Report of the Indian Hemp Drugs Commission, 1894-1895 - Volume I
Year: 1894
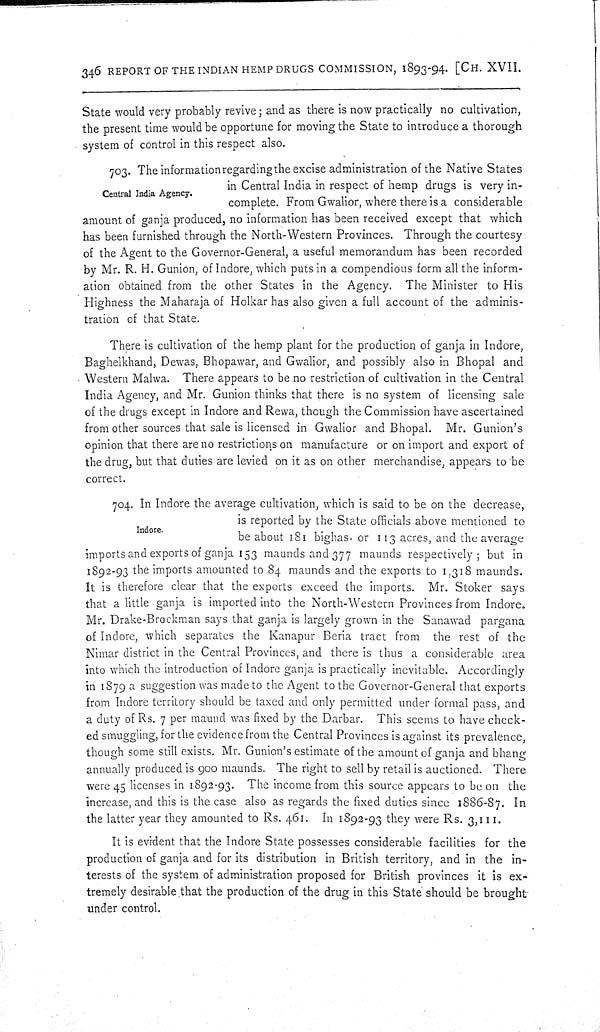
346 REPORT OF THE INDIAN HEMP DRUGS COMMISSION, 1893-94. [CH. XVII.
State would very probably revive; and as there is now practically no cultivation,
the present time would be opportune for moving the State to introduce a thorough
system of control in this respect also.
Central India Agency.
703. The information regarding the excise administration of the Native States
in Central India in respect of hemp drugs is very in-
complete. From Gwalior, where there is a considerable
amount of ganja produced, no information has been received except that which
has been furnished through the North-Western Provinces. Through the courtesy
of the Agent to the Governor-General, a useful memorandum has been recorded
by Mr. R. H. Gunion, of Indore, which puts in a compendious form all the inform-
ation obtained from the other States in the Agency. The Minister to His
Highness the Maharaja of Holkar has also given a full account of the adminis-
tration of that State.
There is cultivation of the hemp plant for the production of ganja in Indore,
Baghelkhand, Dewas, Bhopawar, and Gwalior, and possibly also in Bhopal and
Western Malwa. There appears to be no restriction of cultivation in the Central
India Agency, and Mr. Gunion thinks that there is no system of licensing sale
of the drugs except in Indore and Rewa, though the Commission have ascertained
from other sources that sale is licensed in Gwalior and Bhopal. Mr. Gunion's
opinion that there are no restrictions on manufacture or on import and export of
the drug, but that duties are levied on it as on other merchandise, appears to be
correct.
Indore.
704. In Indore the average cultivation, which is said to be on the decrease,
is reported by the State officials above mentioned to
be about 181 bighas. or 113 acres, and the average
imports and exports of ganja 153 maunds and 377 maunds respectively; but in
1892-93 the imports amounted to 84 maunds and the exports to 1,318 maunds.
It is therefore clear that the exports exceed the imports. Mr. Stoker says
that a little ganja is imported into the North-Western Provinces from Indore.
Mr. Drake-Brockman says that ganja is largely grown in the Sanawad pargana
of Indore, which separates the Kanapur Beria tract from the rest of the
Nimar district in the Central Provinces, and there is thus a considerable area
into which the introduction of Indore ganja is practically inevitable. Accordingly
in 1879 a suggestion was made to the Agent to the Governor-General that exports
from Indore territory should be taxed and only permitted under formal pass, and
a duty of Rs. 7 per maund was fixed by the Darbar. This seems to have check-
ed smuggling, for the evidence from the Central Provinces is against its prevalence,
though some still exists. Mr. Gunion's estimate of the amount of ganja and bhang
annually produced is 900 maunds. The right to sell by retail is auctioned. There
were 45 licenses in 1892-93. The income from this source appears to be on the
increase, and this is the case also as regards the fixed duties since 1886-87. In
the latter year they amounted to Rs. 461. In 1892-93 they were Rs. 3,111.
It is evident that the Indore State possesses considerable facilities for the
production of ganja and for its distribution in British territory, and in the in-
terests of the system of administration proposed for British provinces it is ex-
tremely desirable that the production of the drug in this State should be brought
under control.